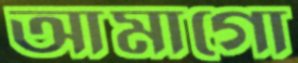
আমাগো